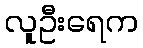
လူဦးရေက